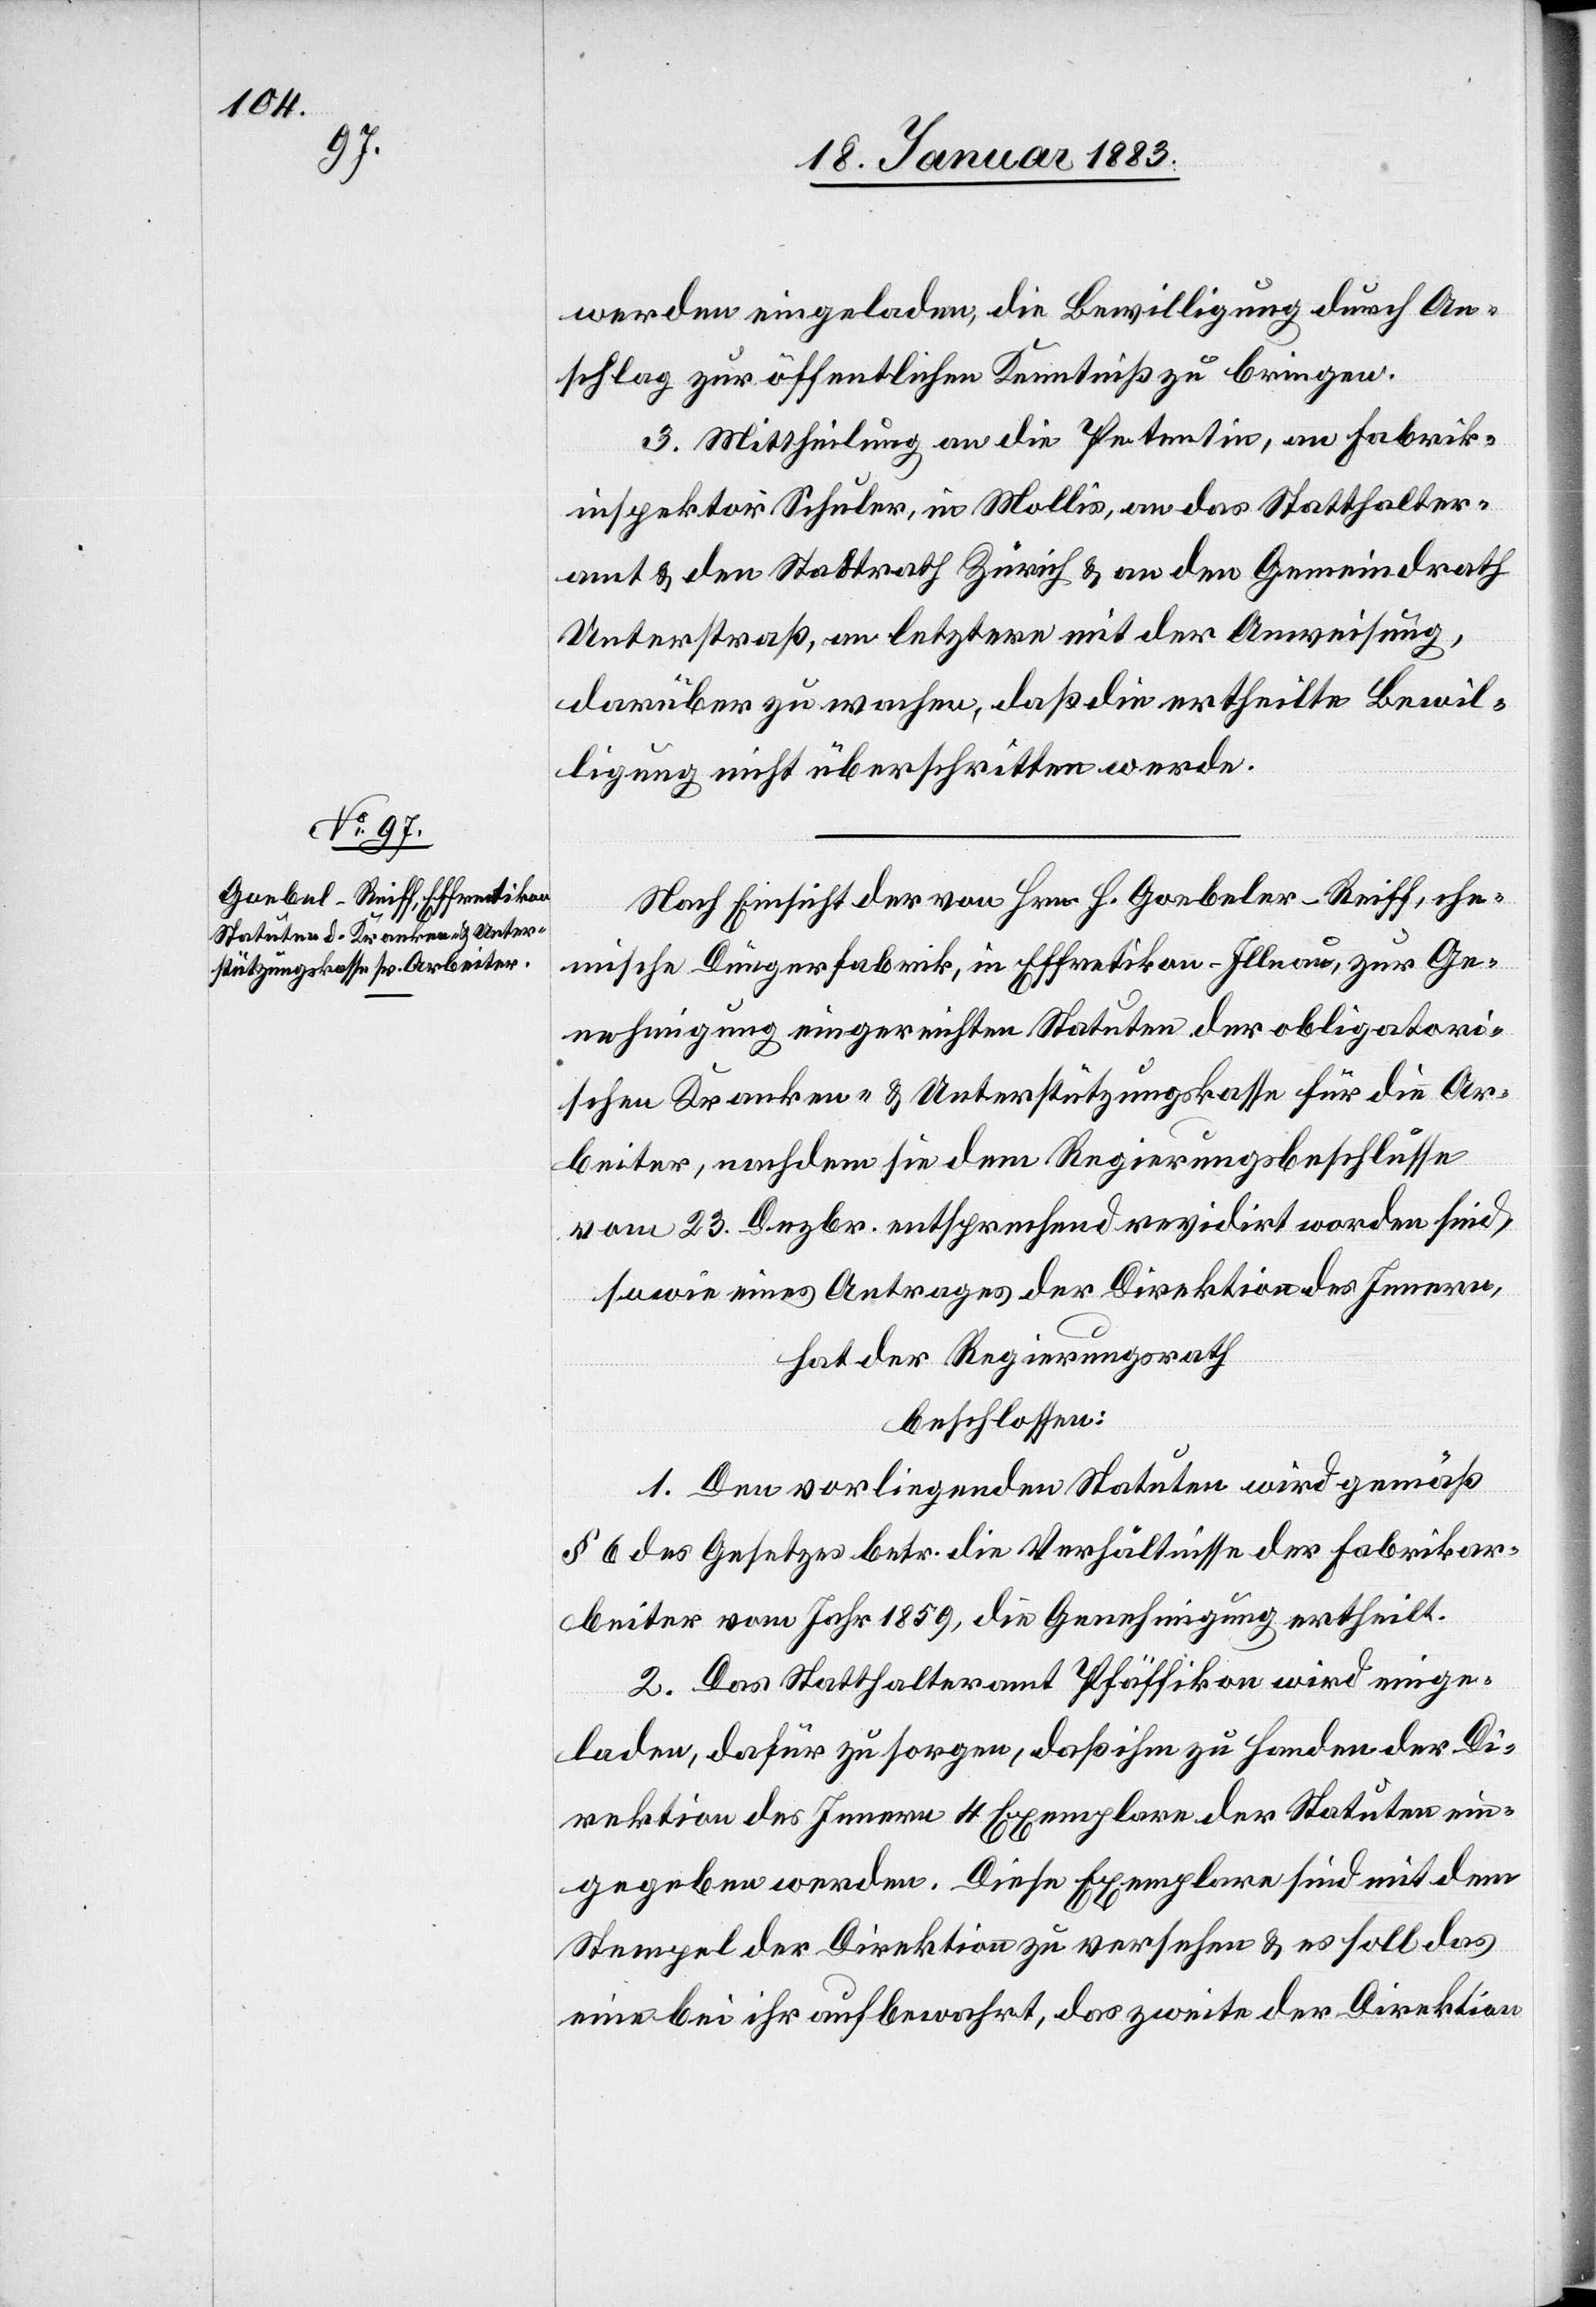
werden eingeladen, die Bewilligung durch An¬
schlag zur öffentlichen Kenntniß zu bringen.
3. Mittheilung an die Petentin, Fabrik¬
inspektor Schuler, in Mollis, an das Statthalter¬
amt & den Stadtrath Zürich & an den Gemeindrath
Unterstraß, an letztern mit der Anweisung,
darüber zu wachen, daß die ertheilte Bewil¬
ligung nicht überschritten werde.
Nach Einsicht der von Hrn. H. Goebeler-Reiff [sic!],
chemische Düngerfabrik, in Effretikon - Illnau, zur Ge¬
nehmigung eingereichten Statuten der obligatori¬
schen Kranken- & Unterstützungskasse für die Ar¬
beiter, nachdem sie dem Regierungsbeschlusse
vom 23. Dezbr. entsprechend revidirt worden sind,
sowie eines Antrages der Direktion des Innern,
hat der Regierungsrath
beschlossen:
1. Den vorliegenden Statuten wird gemäß
§ 6 des Gesetzes betr. die Verhältnisse der Fabrikar¬
beiter vom Jahr 1859, die Genehmigung ertheilt.
2. Das Statthalteramt Pfäffikon wird einge¬
laden, dafür zu sorgen, daß ihm zu Handen der Di¬
rektion des Innern 4 Exemplare der Statuten ein¬
gegeben werden. Diese Exemplare sind mit dem
Stempel der Direktion zu versehen & es soll das
eine bei ihr aufbewahrt werden, das zweite der Direktion